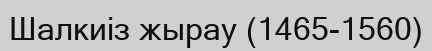
Шалкиіз жырау (1465-1560)